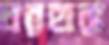
ঘরহারা